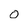
Character: 0